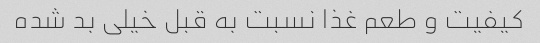
کیفیت و طعم غذا نسبت به قبل خیلى بد شده